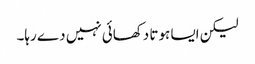
لیکن ایسا ہوتا دکھائی نہیں دے رہا۔